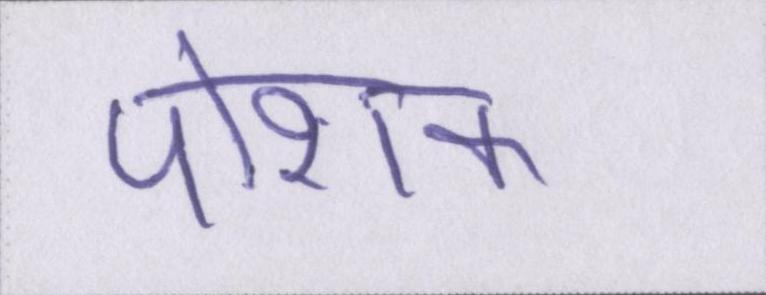
पोशक